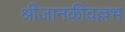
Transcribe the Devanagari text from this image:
श्रीजानकीवल्लभ